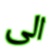
الى